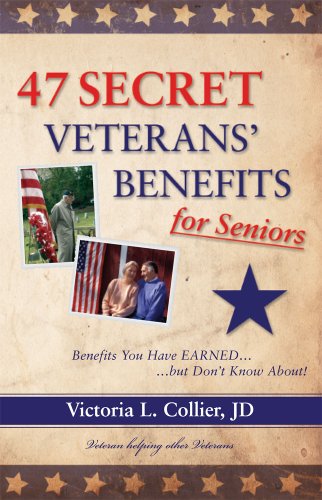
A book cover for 47 Secret Veterans' Benefits for Seniors - Benefits You Have Earned...but Don't Know About!; Victoria L. Collier; Business & Money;